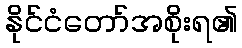
နိုင်ငံတော်အစိုးရ၏